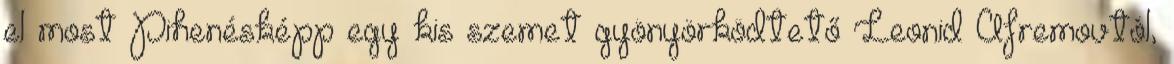
el most Pihenésképp egy kis szemet gyönyörködtető Leonid Afremovtól,